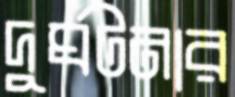
দুর্ঘটনার